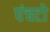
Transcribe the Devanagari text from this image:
पंचटो